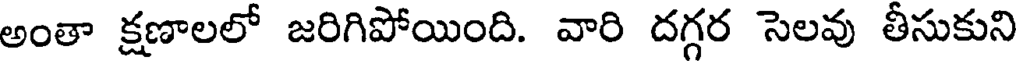
అంతా క్షణాలలో జరిగిపోయింది. వారి దగ్గర సెలవు తీసుకుని